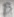
Text: B